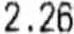
2.26